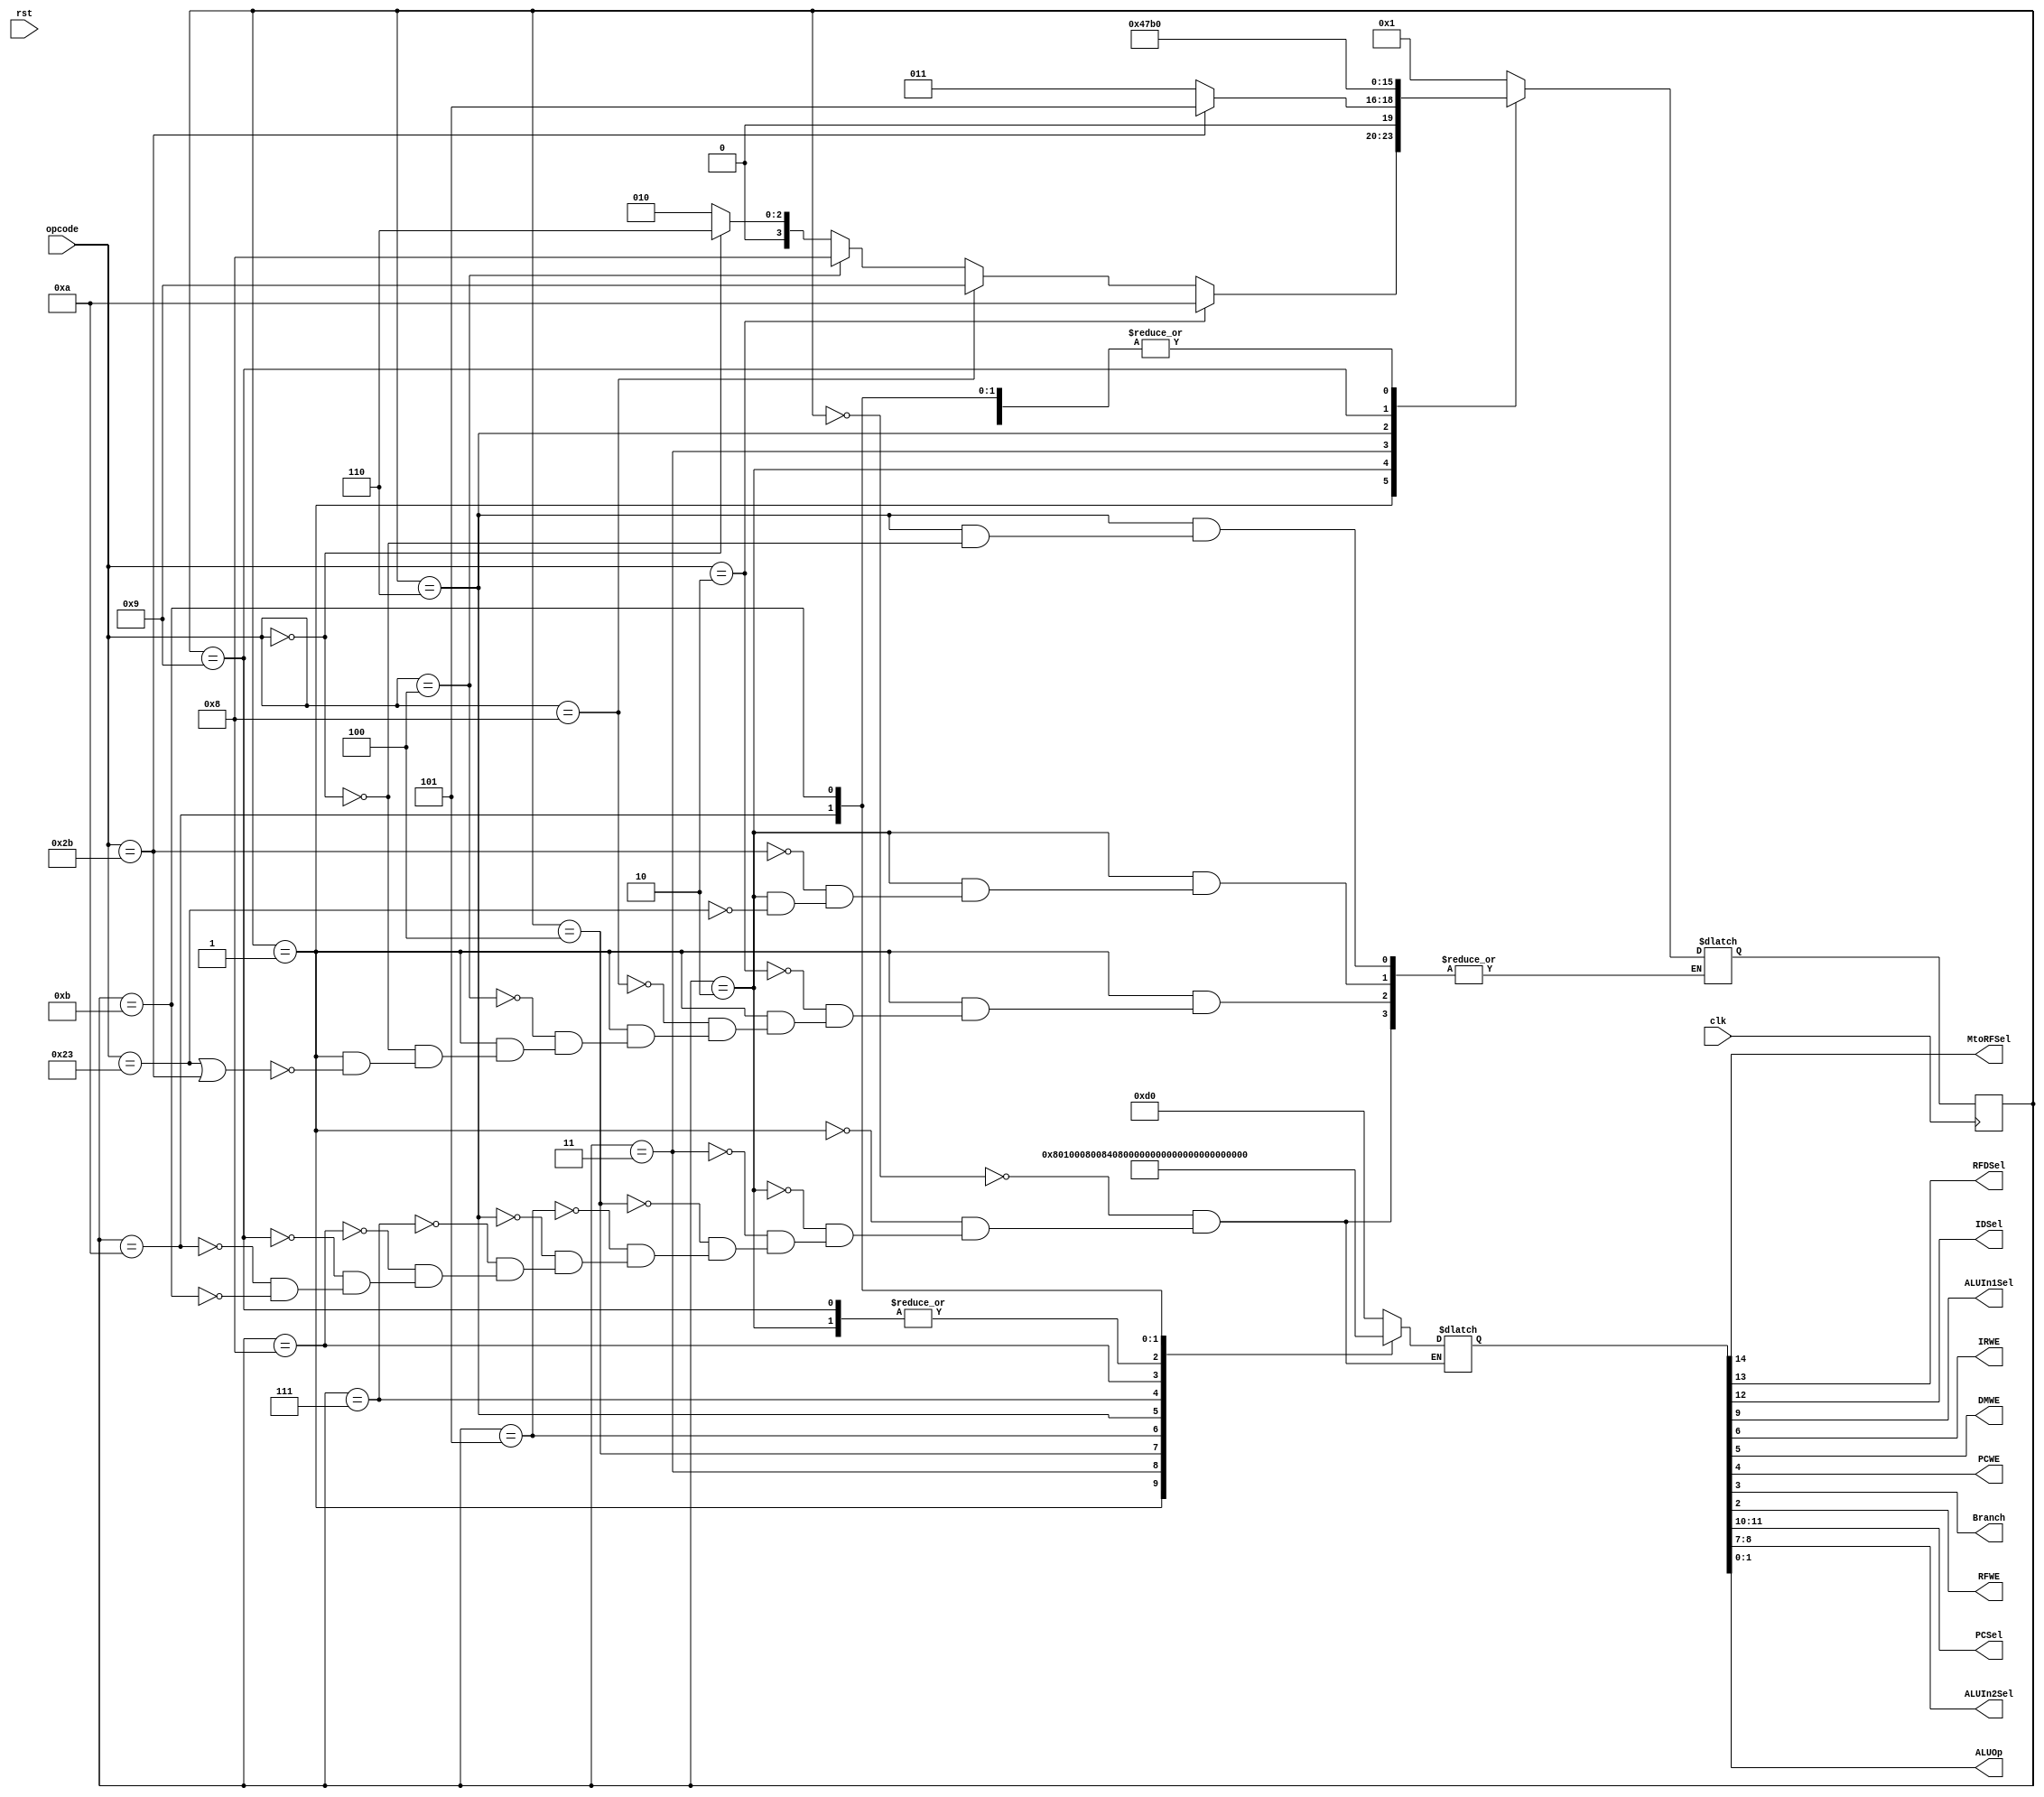
`timescale 1ns / 1ps
//////////////////////////////////////////////////////////////////////////////////
// Company: 
// Engineer: 
// 
// Design Name: 
// Module Name: Controller
// Project Name: 
// Target Devices: 
// Tool Versions: 
// Description: 
// 
// Dependencies: 
// 
// Revision:
// Revision 0.01 - File Created
// Additional Comments:
// 
//////////////////////////////////////////////////////////////////////////////////


module Controller(input [5:0] opcode,
                    input clk, rst,
                    output MtoRFSel, RFDSel, IDSel, ALUIn1Sel, IRWE, DMWE, PCWE, Branch, RFWE,
                    output [1:0] PCSel, ALUIn2Sel, ALUOp);
    parameter s0 = 4'b0000;
    parameter s1 = 4'b0001;
    parameter s2 = 4'b0010;
    parameter s3 = 4'b0011;
    parameter s4 = 4'b0100;
    parameter s5 = 4'b0101;
    parameter s6 = 4'b0110;
    parameter s7 = 4'b0111;
    parameter s8 = 4'b1000;
    parameter s9 = 4'b1001;
    parameter s10 = 4'b1010;
    parameter s11 = 4'b1011;
    
    reg [3:0] current, next;
    reg [14:0] cw;
    
    initial current = s0;
    always @(posedge clk)
        current = next;
        
    always @(current or opcode) begin
            case (current)
                s0: begin
                    cw = 15'b0_0_0_00_0_01_1_0_1_0_0_00;
                    next = s1;
                end
                s1: begin
                    cw = 15'b0_0_0_00_0_10_0_0_0_0_0_00;
                    if (opcode == 6'b100011 || opcode == 6'b101011) //lw or sw
                        next = s2;
                    if (opcode == 6'b000000) //r-type
                        next = s6;
                    if (opcode == 6'b000100)//beq 
                        next = s8;
                    if (opcode == 6'b001000) //addi
                        next = s9;
                    if (opcode == 6'b000010) //j
                        next = s10;
                end
                s2: begin
                    cw = 15'b0_0_0_00_1_10_0_0_0_0_0_00;
                    if (opcode == 6'b100011) //lw
                        next = s3;
                    if (opcode == 6'b101011) //sw
                        next = s5;
                end
                s3: begin
                    cw = 15'b0_0_1_00_0_00_0_0_0_0_0_00;
                    next = s4;
                end
                s4: begin
                    cw = 15'b1_0_0_00_0_00_0_0_0_0_1_00;
                    next = s0;
                end
                s5: begin
                    cw = 15'b0_0_1_00_0_00_0_1_0_0_0_00;
                    next = s0;
                end
                s6: begin
                    cw = 15'b0_0_0_00_1_00_0_0_0_0_0_10;
                    if (opcode == 6'b000000)
                        next = s7;
                end
                s7: begin
                    cw = 15'b0_1_0_00_0_00_0_0_0_0_1_00;
                    next = s0;
                end
                s8: begin
                    cw = 15'b0_0_0_01_1_00_0_0_0_1_0_01;
                    next = s0;
                end
                s9: begin
                    cw = 15'b0_0_0_00_1_10_0_0_0_0_0_00;
                    next = s11;
                end
                s10: begin
                    cw = 15'b0_0_0_10_0_00_0_0_1_0_0_00;
                    next = s0;
                end
                s11: begin
                    cw = 15'b0_0_0_00_0_00_0_0_0_0_1_00;
                    next = s0;
                end
            endcase
        end
    assign {MtoRFSel, RFDSel, IDSel, PCSel[1:0], ALUIn1Sel, ALUIn2Sel[1:0], IRWE, DMWE, 
             PCWE, Branch, RFWE, ALUOp[1:0]} = cw[14:0];
endmodule